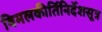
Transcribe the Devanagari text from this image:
विमलकीर्तिनिर्देशसूत्र